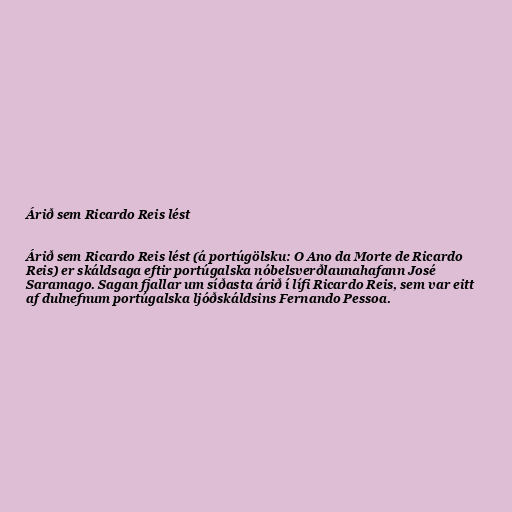
Árið sem Ricardo Reis lést

Árið sem Ricardo Reis lést (á portúgölsku: O Ano da Morte de Ricardo
Reis) er skáldsaga eftir portúgalska nóbelsverðlaunahafann José
Saramago. Sagan fjallar um síðasta árið í lífi Ricardo Reis, sem var eitt
af dulnefnum portúgalska ljóðskáldsins Fernando Pessoa.